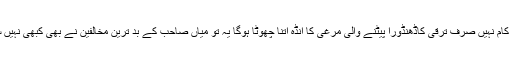
چار سال کام نہیں صرف ترقی کاڈھنڈورا پیٹنے والی مرغی کا انڈہ اتنا چھوٹا ہوگا یہ تو میاں صاحب کے بد ترین مخالفین نے بھی کبھی نہیں سوچا تھا۔